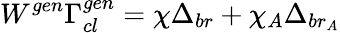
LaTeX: W^{gen}\Gamma_{cl}^{gen}=\chi\Delta_{br}+\chi_{A}\Delta_{br_{A}}